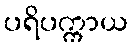
ပရိပက္ကာယ